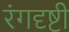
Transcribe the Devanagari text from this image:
रंगदृष्टी